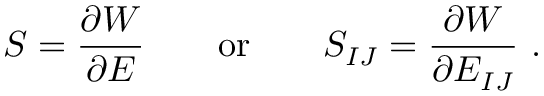
{ \boldsymbol { S } } = { \frac { \partial W } { \partial { \boldsymbol { E } } } } \qquad { \mathrm { o r } } \qquad S _ { I J } = { \frac { \partial W } { \partial E _ { I J } } } ~ .